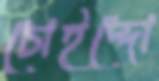
চোইদ্দো